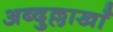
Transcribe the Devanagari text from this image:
अब्दुल्लाखाँ